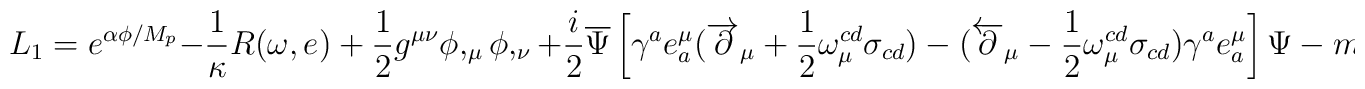
L_{1}=e^{\alpha\phi /M_{p}}{-\frac{1}{\kappa}R(\omega ,e)+\frac{1}{2}g^{\mu\nu}\phi,_{\mu}\phi,_{\nu}+\frac{i}{2}\overline{\Psi}\left[\gamma^{a}e_{a}^{\mu}(\overrightarrow{\partial}_{\mu}+\frac{1}{2}\omega_{\mu}^{cd}\sigma_{cd})-(\overleftarrow{\partial}_{\mu}-\frac{1}{2}\omega_{\mu}^{cd}\sigma_{cd})\gamma^{a}e_{a}^{\mu}\right]\Psi -m\overline{\Psi}\Psi e^{\frac{1}{2}\alpha\phi/M_{p}}}